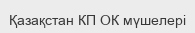
Қазақстан КП ОК мүшелері